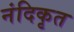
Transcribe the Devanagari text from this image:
नंदिकृत